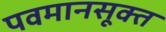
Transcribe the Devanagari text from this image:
पवमानसूक्त